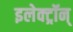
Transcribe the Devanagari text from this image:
इलेक्ट्रॉन्